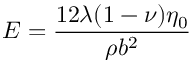
E = \frac { 1 2 \lambda ( 1 - \nu ) \eta _ { 0 } } { \rho b ^ { 2 } }